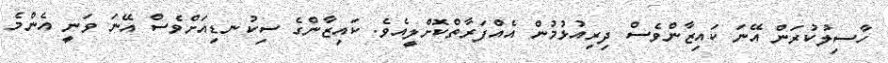
ހާސިލުކުރަން އޭނަ ކައިޒާންވެސް ދިރިއުޅުމުން އެއްފަރާތްކޮށްލީއެވެ. ކައިޒާންގެ ސިކުނޑިއަށްވެސް އޭނަ ވަނީ އެންމެ